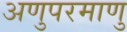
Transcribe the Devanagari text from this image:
अणुपरमाणु